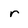
Character: r